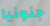
جنونيا